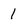
Character: 1